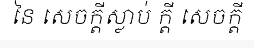
នៃ សេចក្តីស្លាប់ ក្តី សេចក្តី